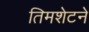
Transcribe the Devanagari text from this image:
तिमशेटने